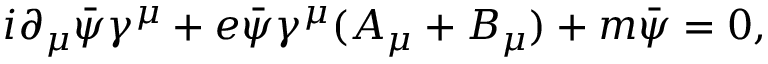
i \partial _ { \mu } { \bar { \psi } } \gamma ^ { \mu } + e { \bar { \psi } } \gamma ^ { \mu } ( A _ { \mu } + B _ { \mu } ) + m { \bar { \psi } } = 0 ,